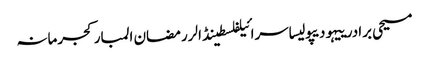
مسیحی برادرییہودیپولیساسرائیلفلسطینڈالررمضان المبارکجرمانہ